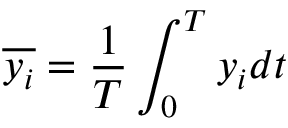
\overline { { y _ { i } } } = \frac { 1 } { T } \int _ { 0 } ^ { T } y _ { i } d t